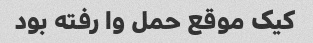
کیک موقع حمل وا رفته بود